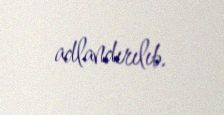
adlandırılıb.